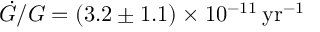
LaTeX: \dot { G } / G = ( 3 . 2 \pm 1 . 1 ) \times 1 0 ^ { - 1 1 } \, \mathrm { y r } ^ { - 1 }